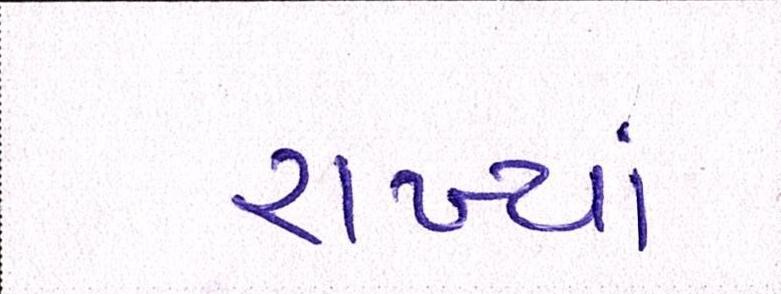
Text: રાખ્યાં